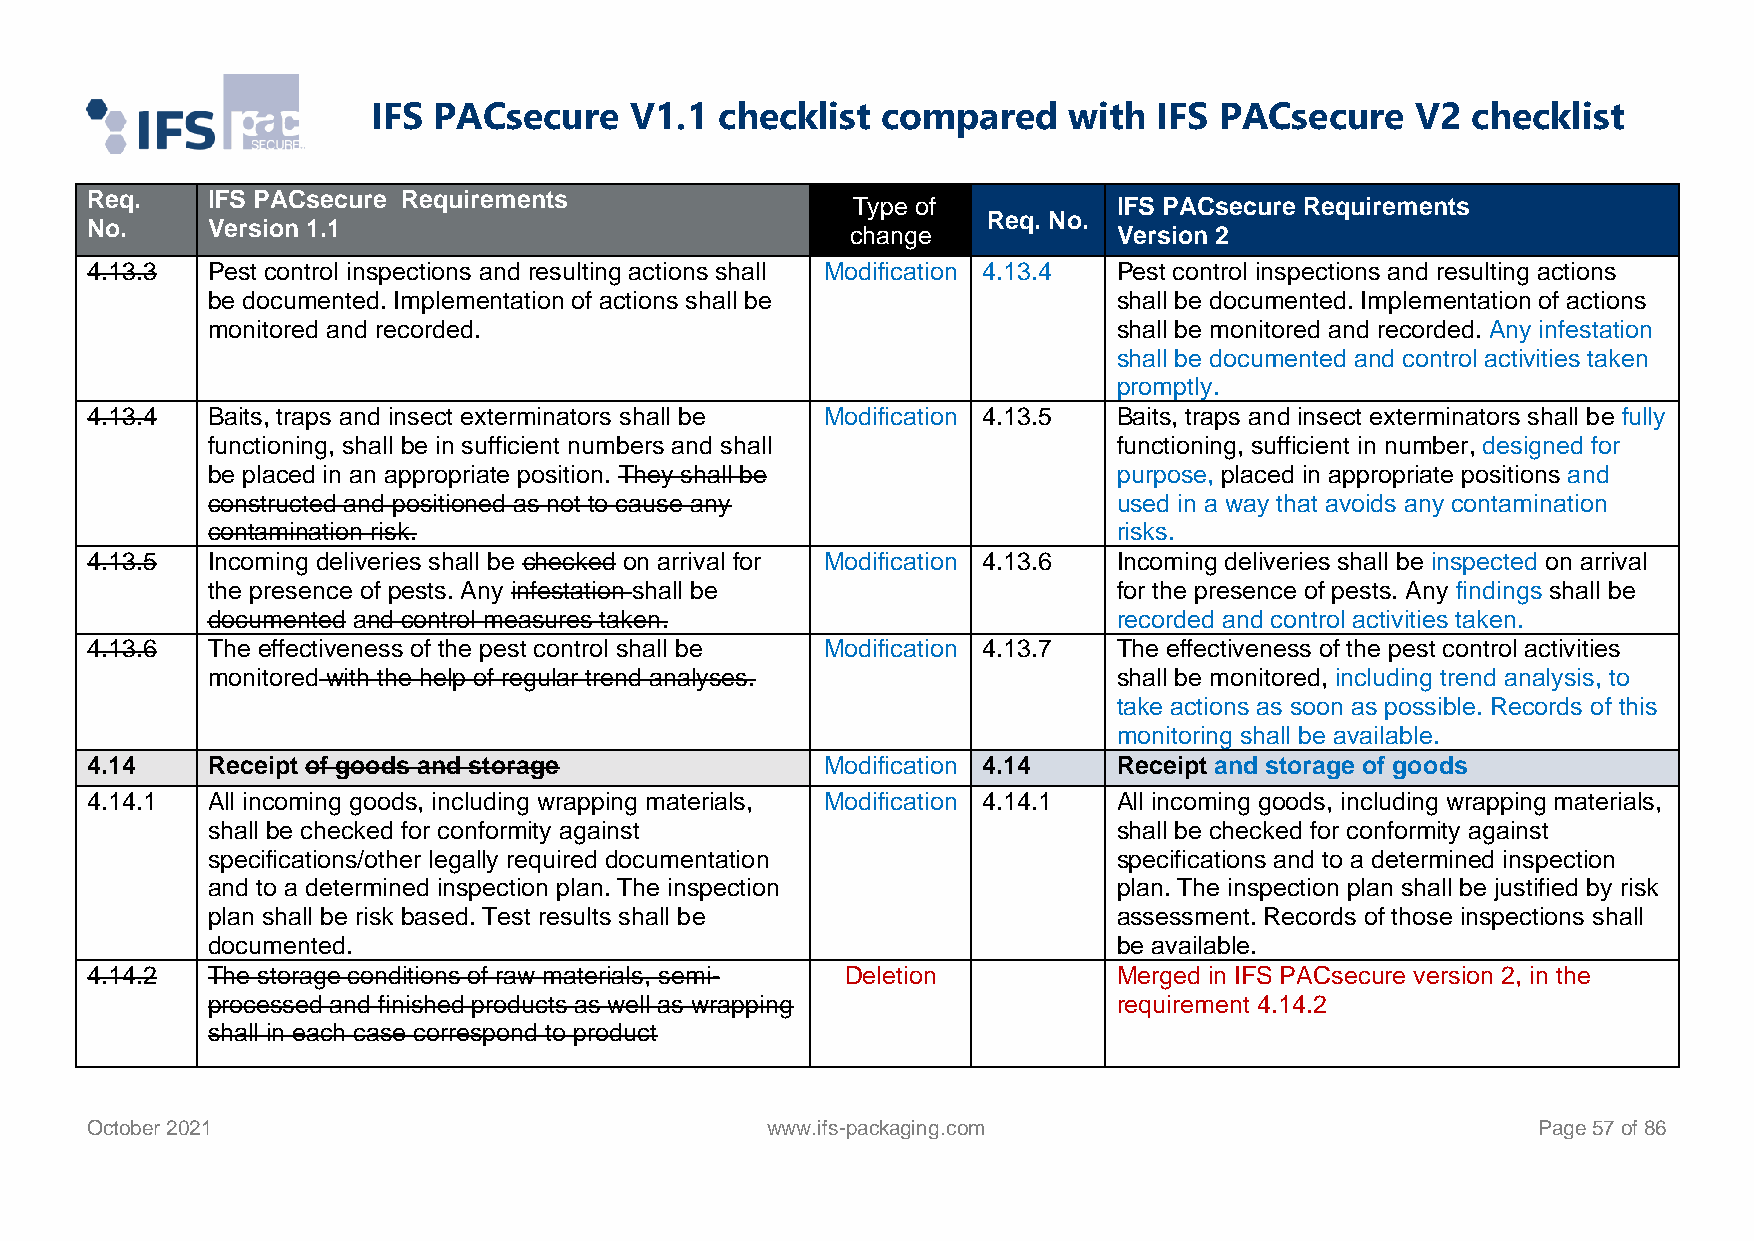
IFS PACsecure    V1.1  checklist compared     with  IFS PACsecure    V2 checklist
 Req.    IFS PACsecure Requirements
 Type of           IFS PACsecure Requirements
 Req. No.
 No.     Version 1.1                               change            Version 2
 4.13.3  Pest control inspections and resulting actions shall Modification 4.13.4 Pest control inspections and resulting actions
 be documented. Implementation of actions shall be           shall be documented. Implementation of actions
 monitored and recorded.                                     shall be monitored and recorded. Any infestation
 shall be documented and control activities taken
 promptly.
 4.13.4  Baits, traps and insect exterminators shall be Modification 4.13.5 Baits, traps and insect exterminators shall be fully
 functioning, shall be in sufficient numbers and shall       functioning, sufficient in number, designed for
 be placed in an appropriate position. They shall be         purpose, placed in appropriate positions and
 constructed and positioned as not to cause any              used in a way that avoids any contamination
 contamination risk.                                         risks.
 4.13.5  Incoming deliveries shall be checked on arrival for Modification 4.13.6 Incoming deliveries shall be inspected on arrival
 the presence of pests. Any infestation shall be             for the presence of pests. Any findings shall be
 documented and control measures taken.                      recorded and control activities taken.
 4.13.6  The effectiveness of the pest control shall be Modification 4.13.7 The effectiveness of the pest control activities
 monitored with the help of regular trend analyses.          shall be monitored, including trend analysis, to
 take actions as soon as possible. Records of this
 monitoring shall be available.
 4.14    Receipt of goods and storage             Modification 4.14  Receipt and storage of goods
 4.14.1  All incoming goods, including wrapping materials, Modification 4.14.1 All incoming goods, including wrapping materials,
 shall be checked for conformity against                     shall be checked for conformity against
 specifications/other legally required documentation         specifications and to a determined inspection
 and to a determined inspection plan. The inspection         plan. The inspection plan shall be justified by risk
 plan shall be risk based. Test results shall be             assessment. Records of those inspections shall
 documented.                                                 be available.
 4.14.2  The storage conditions of raw materials, semi- Deletion     Merged in IFS PACsecure version 2, in the
 processed and finished products as well as wrapping         requirement 4.14.2
 shall in each case correspond to product
 October 2021                                 www.ifs-packaging.com                              Page 57 of 86